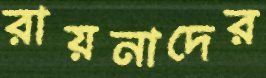
রায়নাদের